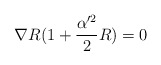
\begin{align*}\nabla R(1+\frac{\alpha'^2}{2}R)=0\end{align*}